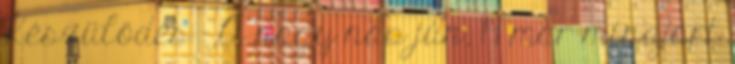
Készülődés - A nagy nap jún. 19 már mindjárt